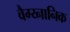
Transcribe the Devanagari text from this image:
वैग्य्नानिक